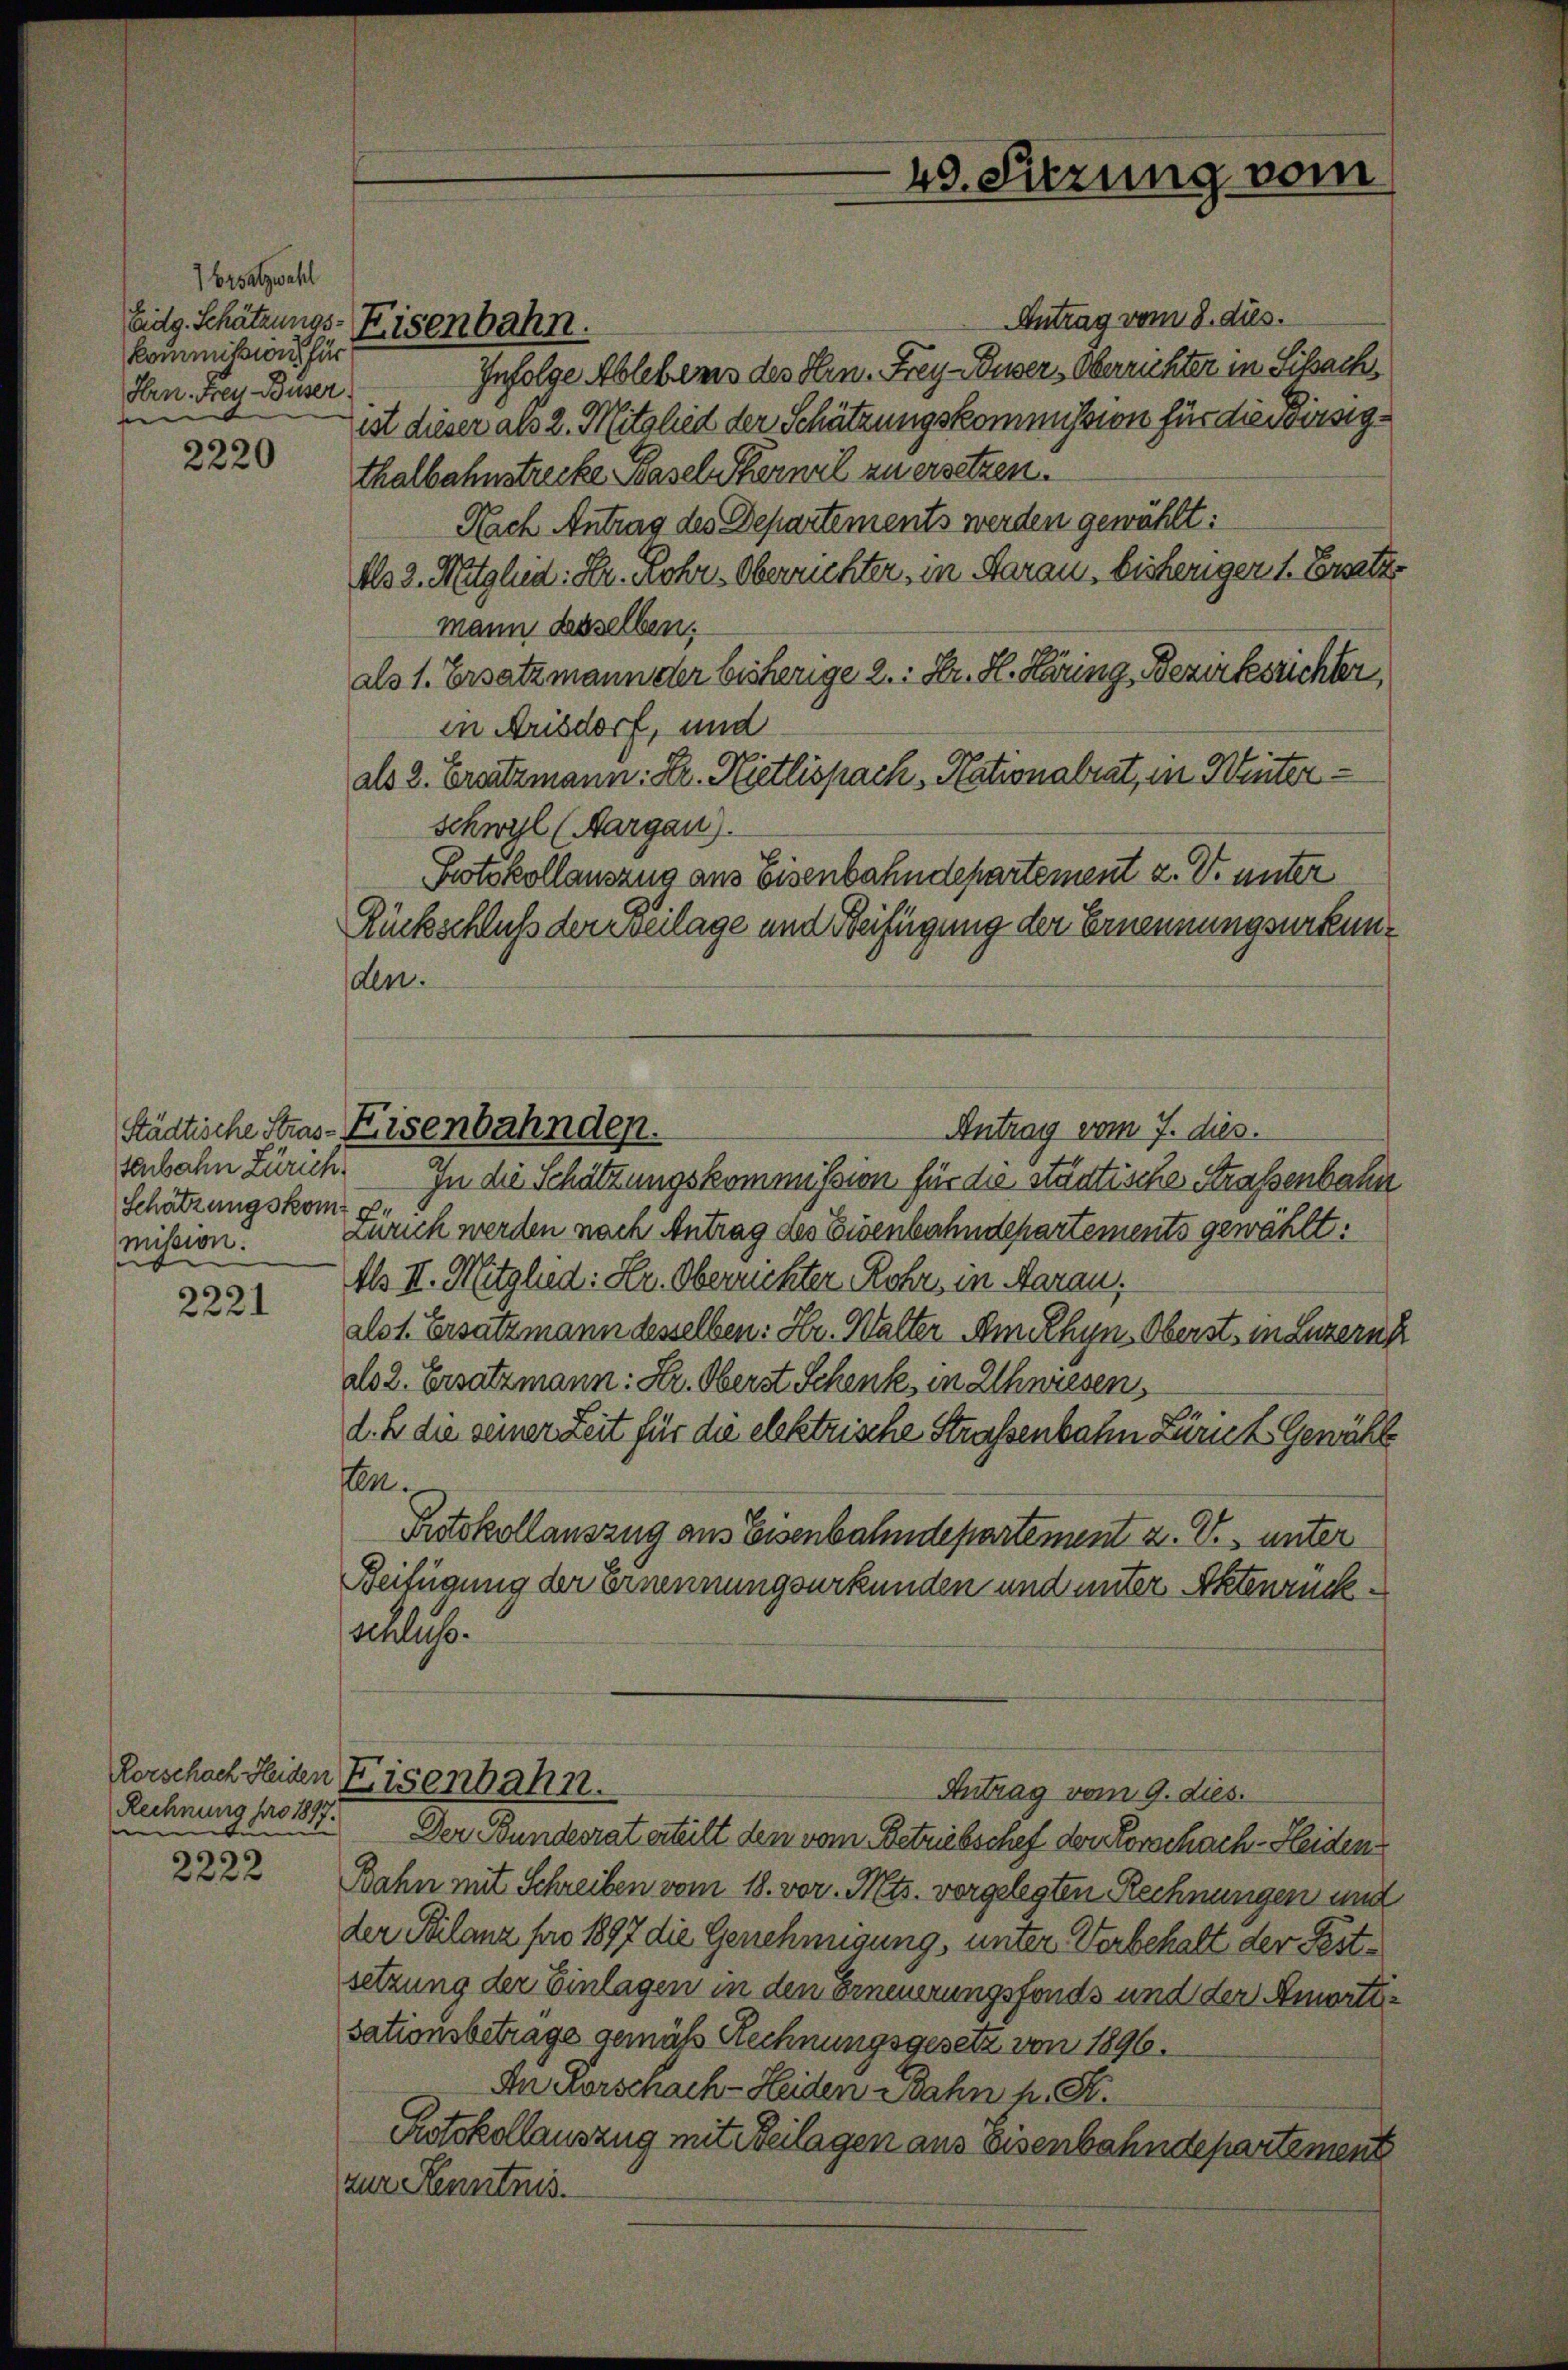
1 Ersatzwahl
Eidg. Schätzungskommißion für
Hrn. Frey Buser
e

2220

tenbahn Zürich
Schätzungskom
mission.

2221

Rechnung pro 1897.
e

2222

Antrag vom 8. ds.
Infolge Ablebens des Hrn. Frey-Buser, Oberrichter in Sissache
ist dieser als 2. Mitglied der Schätzungskommission für die Birsigthalbahnstrecke Basel Sternel zu ersetzen.
Nach Antrag des Departements werden gewählt:
Als 2. Mitglied: Hr. Rohr-Oberrichter, in darau, bisheriger 1. Ersetze
mann desselben,
als 1. Ersatzmann der bisherige 2. Hr. H. Käring Bezirksrichter,
in Arisdorf, und
als 2. Ersatzmann. Dr. Nietlispach, Nationalrat, in Winter¬
Schwyl (Aargau).
Protokollauszug aus Eisenbahndepartement z. B. unter
Rückschluß der Beilage und Beifügung der Ernennungsurkunden.
Antrag vom 7. dies.
Städtische Stras-Eisenbahnden.
In die Schätzungskommission für die städtische Straßenbahn
Zürich werden nach Antrag des Eisenbahndepartements gewählt:
Al II. Mitglied: Hr. Oberrichter Rohr, in Aarau
alst. Ersatzmann desselben: Hr. Walter. Am Rhyn, Oberst in Luzern
als 2. Ersatzmann: Hr. Oberst Schenk, in Uhwiesen,
l. Er die seiner Zeit für die elektrische Straßenbahn Zürich. Gewähl
en.
Protokollauszug aus Eisenbahndepartement z. V. unter
Beifügung der Ernennungsurkunden und unter Aktenrück.
schliche

Eisenbahn.

49. Sitzung vom

Rorschach Heiden Eisenbahn.
Antrag vom 9. dies

Der Bundesrat erteilt den vom Betriebschef der Forschach-Heiden
Bahn mit Schreiben vom 18. vor. Mts. vorgelegten Rechnungen und
der Stilanz pro 1897 die Genehmigung, unter Verbehalt der Pestsetzung der Einlagen in den Erneuerungsfonds und der Amortisationsbetrage gemäss Rechnungsgesetz von 1896.
In Forschach-Heiden Bahn h. T.
Protokollauszug mit Beilagen aus Eisenbahndepartement
zur Kenntnis.